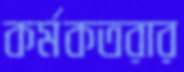
কর্মকতরার